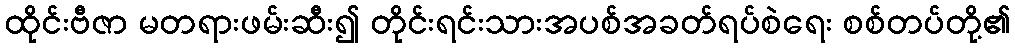
ထိုင်းဗီဇာ မတရားဖမ်းဆီး၍ တိုင်းရင်းသားအပစ်အခတ်ရပ်စဲရေး စစ်တပ်တို့၏